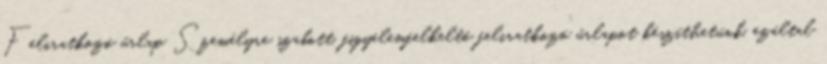
Feliratkozó űrlap Személyre szabott, figyelemfelkeltő feliratkozó űrlapot készíthetünk, ezáltal